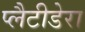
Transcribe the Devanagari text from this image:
प्लैटीडेरा